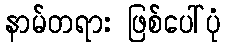
နာမ်တရား ဖြစ်ပေါ်ပုံ